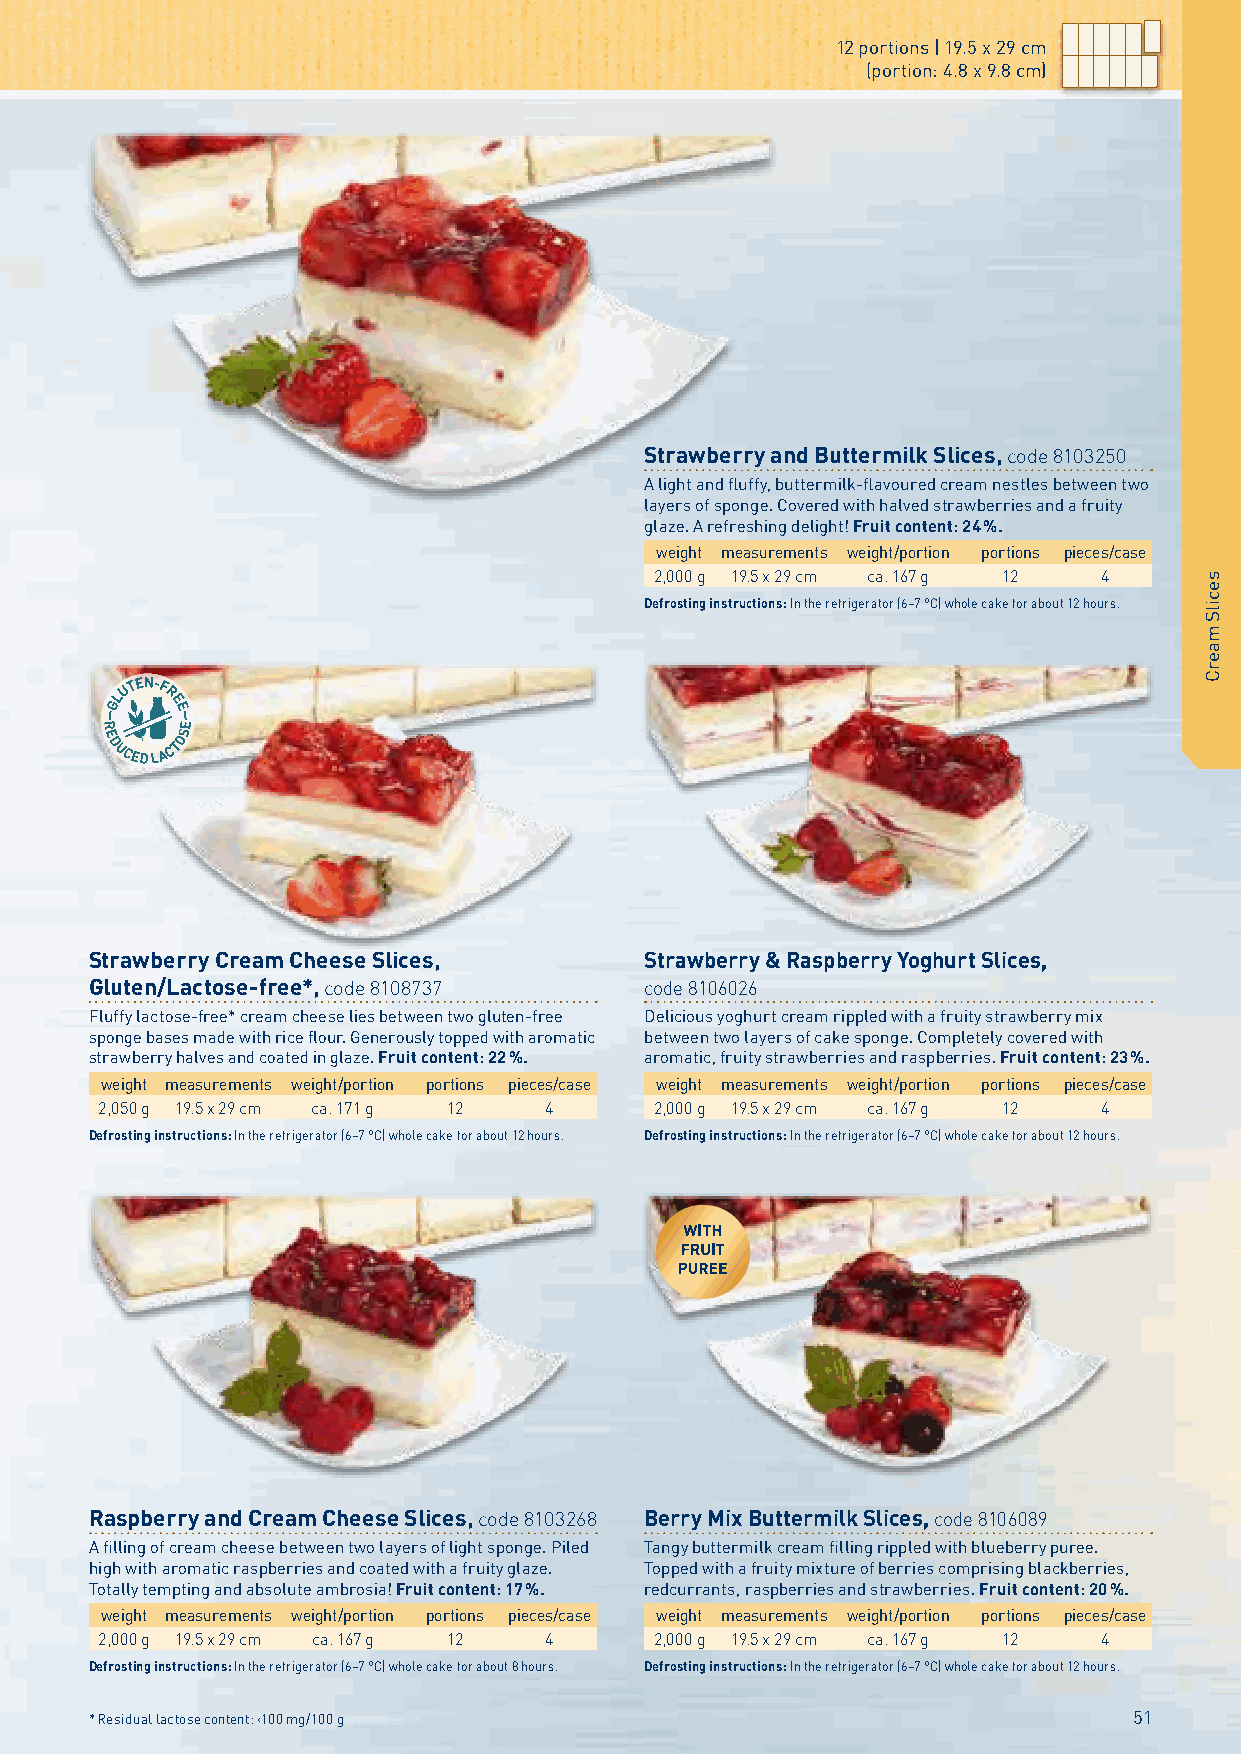
12 portions | 19.5 x 29 cm
 (portion: 4.8 x 9.8 cm)
 Strawberry and Buttermilk Slices, code 8103250
 A light and fluffy, buttermilk-flavoured cream nestles between two
 layers of sponge. Covered with halved strawberries and a fruity
 glaze. A refreshing delight! Fruit content: 24 %.
 weight measurements weight/portion portions pieces/case
 2,000 g 19.5 x 29 cm ca. 167 g 12 4
 Defrosting instructions: In the refrigerator (6–7 °C) whole cake for about 12 hours.
 Strawberry Cream Cheese Slices,      Strawberry & Raspberry Yoghurt Slices,
 Gluten/Lactose-free*, code 8108737   code 8106026
 Fluffy lactose-free* cream cheese lies between two gluten-free Delicious yoghurt cream rippled with a fruity strawberry mix
 sponge bases made with rice flour. Generously topped with aromatic between two layers of cake sponge. Completely covered with
 strawberry halves and coated in glaze. Fruit content: 22 %. aromatic, fruity strawberries and rasp berries. Fruit content: 23 %.
 weight measurements weight/portion portions pieces/case weight measurements weight/portion portions pieces/case
 2,050 g 19.5 x 29 cm ca. 171 g 12 4 2,000 g 19.5 x 29 cm ca. 167 g 12 4
 Defrosting instructions: In the refrigerator (6–7 °C) whole cake for about 12 hours. Defrosting instructions: In the refrigerator (6–7 °C) whole cake for about 12 hours.
 Raspberry and Cream Cheese Slices, code 8103268 Berry Mix Buttermilk Slices, code 8106089
 A filling of cream cheese between two layers of light sponge. Piled Tangy buttermilk cream filling rippled with blueberry puree.
 high with aromatic raspberries and coated with a fruity glaze. Topped with a fruity mixture of berries comprising blackberries,
 Totally tempting and absolute ambrosia! Fruit content: 17 %. redcurrants, raspberries and strawberries. Fruit content: 20 %.
 weight measurements weight/portion portions pieces/case weight measurements weight/portion portions pieces/case
 2,000 g 19.5 x 29 cm ca. 167 g 12 4  2,000 g 19.5 x 29 cm ca. 167 g 12 4
 Defrosting instructions: In the refrigerator (6–7 °C) whole cake for about 8 hours. Defrosting instructions: In the refrigerator (6–7 °C) whole cake for about 12 hours.
 * Residual lactose content: ‹100 mg/100 g                            51
 secilS
 maerC